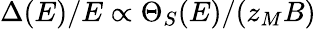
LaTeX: \Delta(E)/E\propto\Theta_{S}(E)/(z_{M}B)